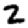
Digit: 2